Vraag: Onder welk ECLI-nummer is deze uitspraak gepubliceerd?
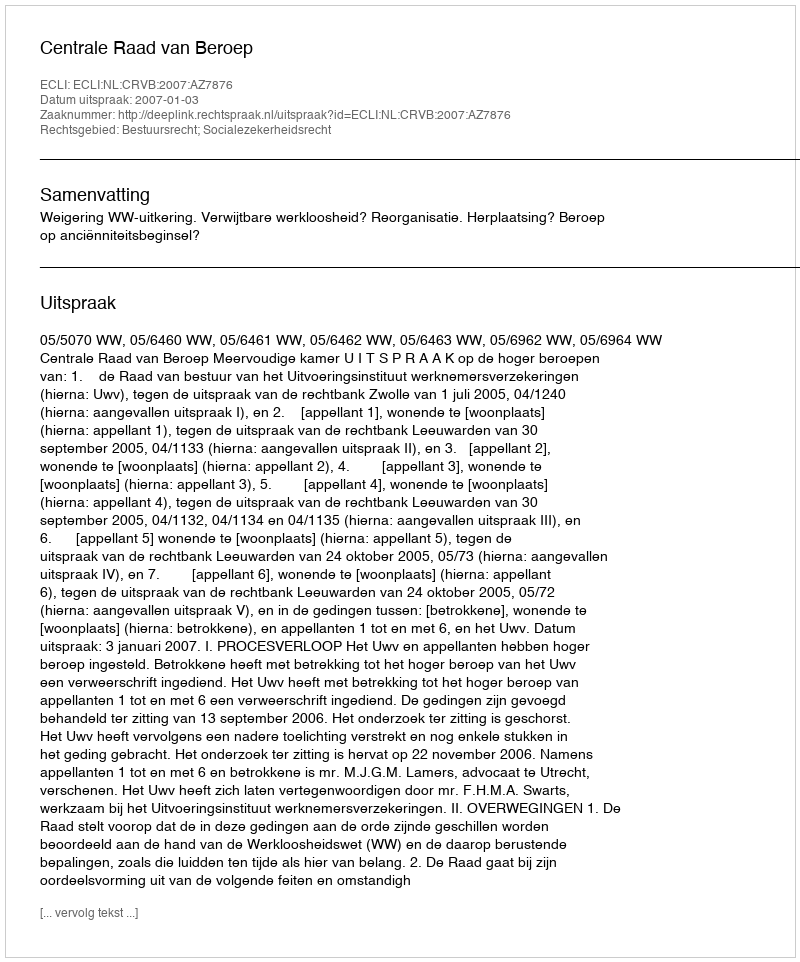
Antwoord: ECLI:NL:CRVB:2007:AZ7876